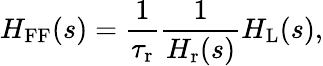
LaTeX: H_{\mathrm{FF}}(s)=\frac{1}{\tau_{\mathrm{r}}}\frac{1}{H_{\mathrm{r}}(s)}H_{\mathrm{L}}(s),